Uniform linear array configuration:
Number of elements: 24
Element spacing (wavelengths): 0.25
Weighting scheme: cosine
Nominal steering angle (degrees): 15
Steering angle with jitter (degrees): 14.585
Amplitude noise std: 0.05
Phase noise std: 0.05

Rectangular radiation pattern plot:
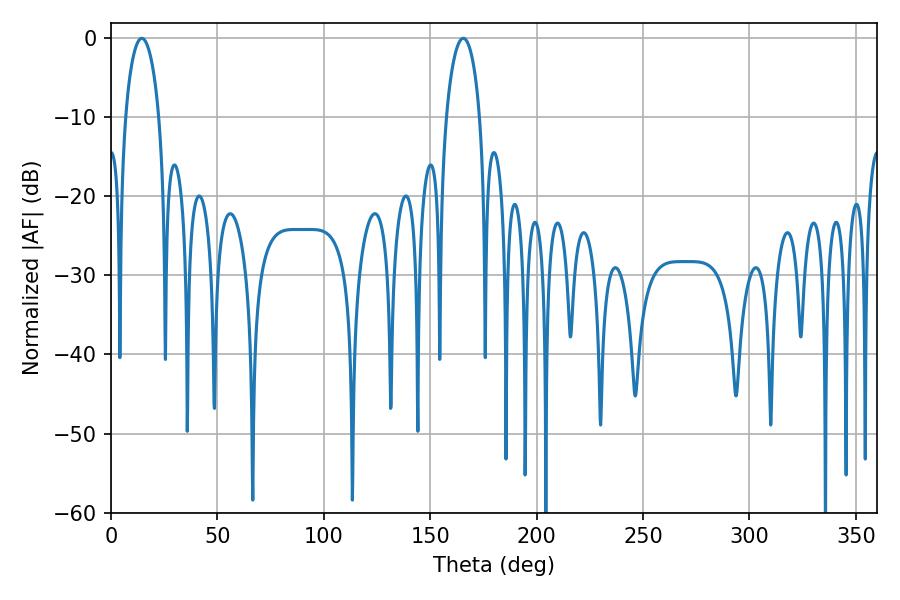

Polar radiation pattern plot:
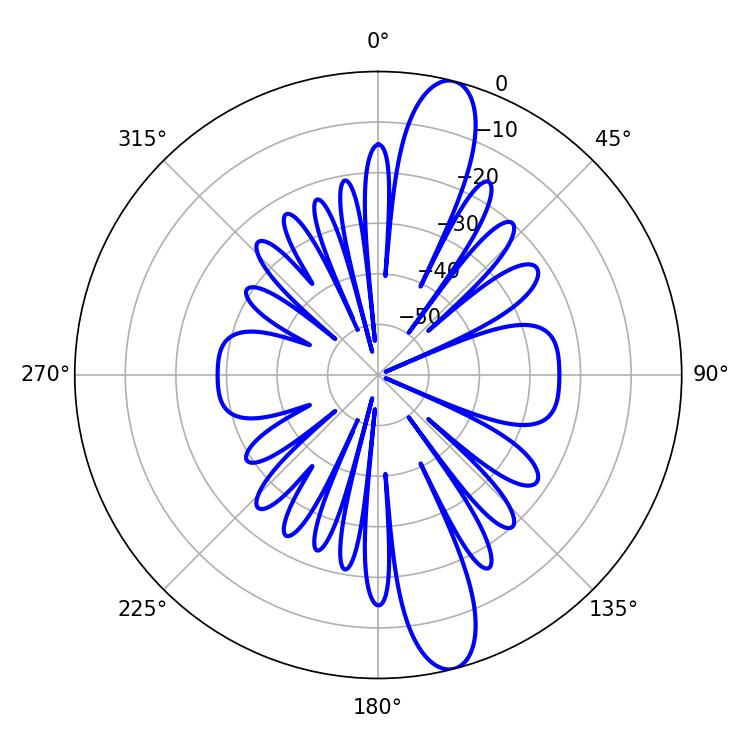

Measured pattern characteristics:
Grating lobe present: FALSE
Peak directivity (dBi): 13.601
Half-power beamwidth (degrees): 9
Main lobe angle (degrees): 14.4